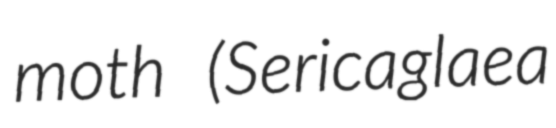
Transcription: moth (Sericaglaea